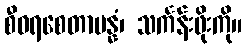
စီဝရစေတာပန္နံ၊ သင်္ကန်းဖိုးကို။